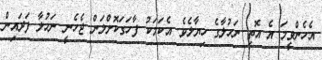
އެހެންވީމަ އެ އޮތީ ނަހުލާގެ ހިޔާލެވެ. އެކަމަކު ފާހަގަކޮށްލަން ޖެހެނީ ނަހުލާ ފަދައިން